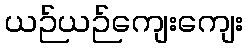
ယဉ်ယဉ်ကျေးကျေး